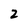
Character: 2